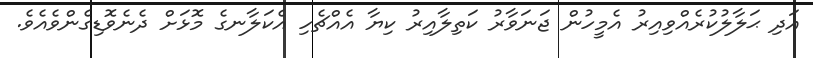
އަދި ޙަލާލުކުރެއްވިއިރު އެމީހުން ޖަނަވާރު ކަތިލާއިރު ކިޔާ އެއްޗެހި އެކަލާނގެ މޮޅަށް ދެނެވޮޑިގެންވެއެވެ.